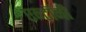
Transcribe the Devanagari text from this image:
एन्टॉनी